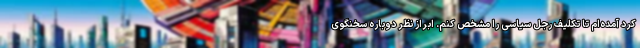
کرد آمده‌ام تا تکلیف رجل سیاسی را مشخص کنم. ابراز نظر دوباره سخنگوی